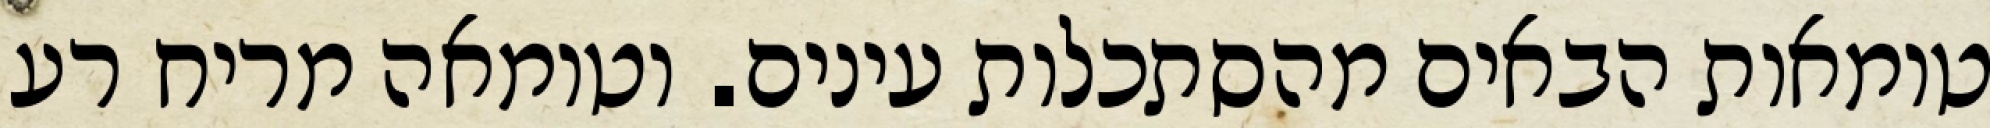
טומאות הבאים מהסתכלות עינים. וטומאה מריח רע